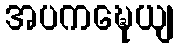
အပကဍ္ဎေယျ